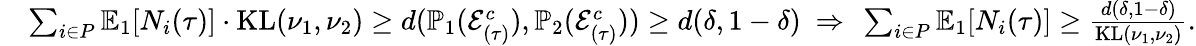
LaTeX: \begin{array}{rl}&{\sum_{i\in P}\mathbb{E}_{1}[N_{i}(\tau)]\cdot\mathrm{KL}(\nu_{1},\nu_{2})\ge d(\mathbb{P}_{1}(\mathcal{E}_{(\tau)}^{c}),\mathbb{P}_{2}(\mathcal{E}_{(\tau)}^{c}))\ge d(\delta,1-\delta)~\Rightarrow~\sum_{i\in P}\mathbb{E}_{1}[N_{i}(\tau)]\ge\frac{d(\delta,1-\delta)}{\mathrm{KL}(\nu_{1},\nu_{2})}.}\end{array}